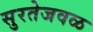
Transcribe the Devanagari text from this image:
सुरतेजवळ